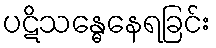
ပဋိသန္ဓေနေရခြင်း